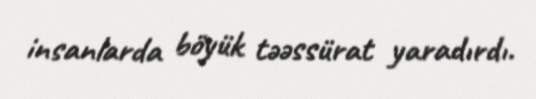
insanlarda böyük təəssürat yaradırdı.